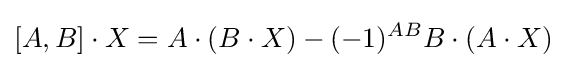
[A,B]\cdot X=A\cdot (B\cdot X)-(-1)^{AB}B\cdot (A\cdot X)